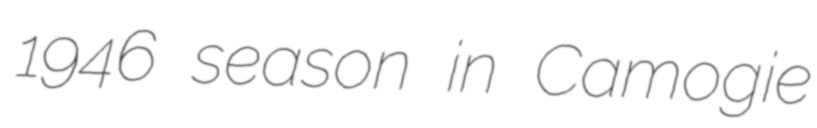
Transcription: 1946 season in Camogie